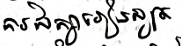
ការសិក្សារៀនសូត្រ